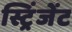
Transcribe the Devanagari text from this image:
स्ट्रिंजेंट